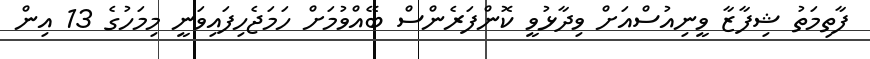
ފާތިމަތު ޝިފާޒާ ވީނިއުސްއަށް ވިދާޅުވީ ކޮންފަރެންސް ބޭއްވުމަށް ހަމަޖެހިފައިވަނީ މިމަހުގެ 13 އިން